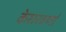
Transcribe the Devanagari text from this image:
केशरवर्णा